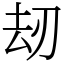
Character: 刼